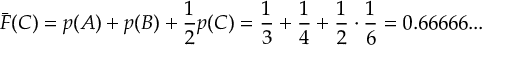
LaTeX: { \bar { F } } ( C ) = p ( A ) + p ( B ) + { \frac { 1 } { 2 } } p ( C ) = { \frac { 1 } { 3 } } + { \frac { 1 } { 4 } } + { \frac { 1 } { 2 } } \cdot { \frac { 1 } { 6 } } = 0 . 6 6 6 6 6 . . .